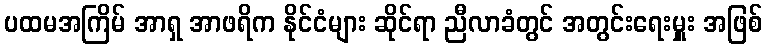
ပထမအကြိမ် အာရှ အာဖရိက နိုင်ငံများ ဆိုင်ရာ ညီလာခံတွင် အတွင်းရေးမှူး အဖြစ်